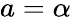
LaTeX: a=\alpha